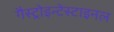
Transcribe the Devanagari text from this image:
गैस्ट्रोइन्टेस्टाइनल